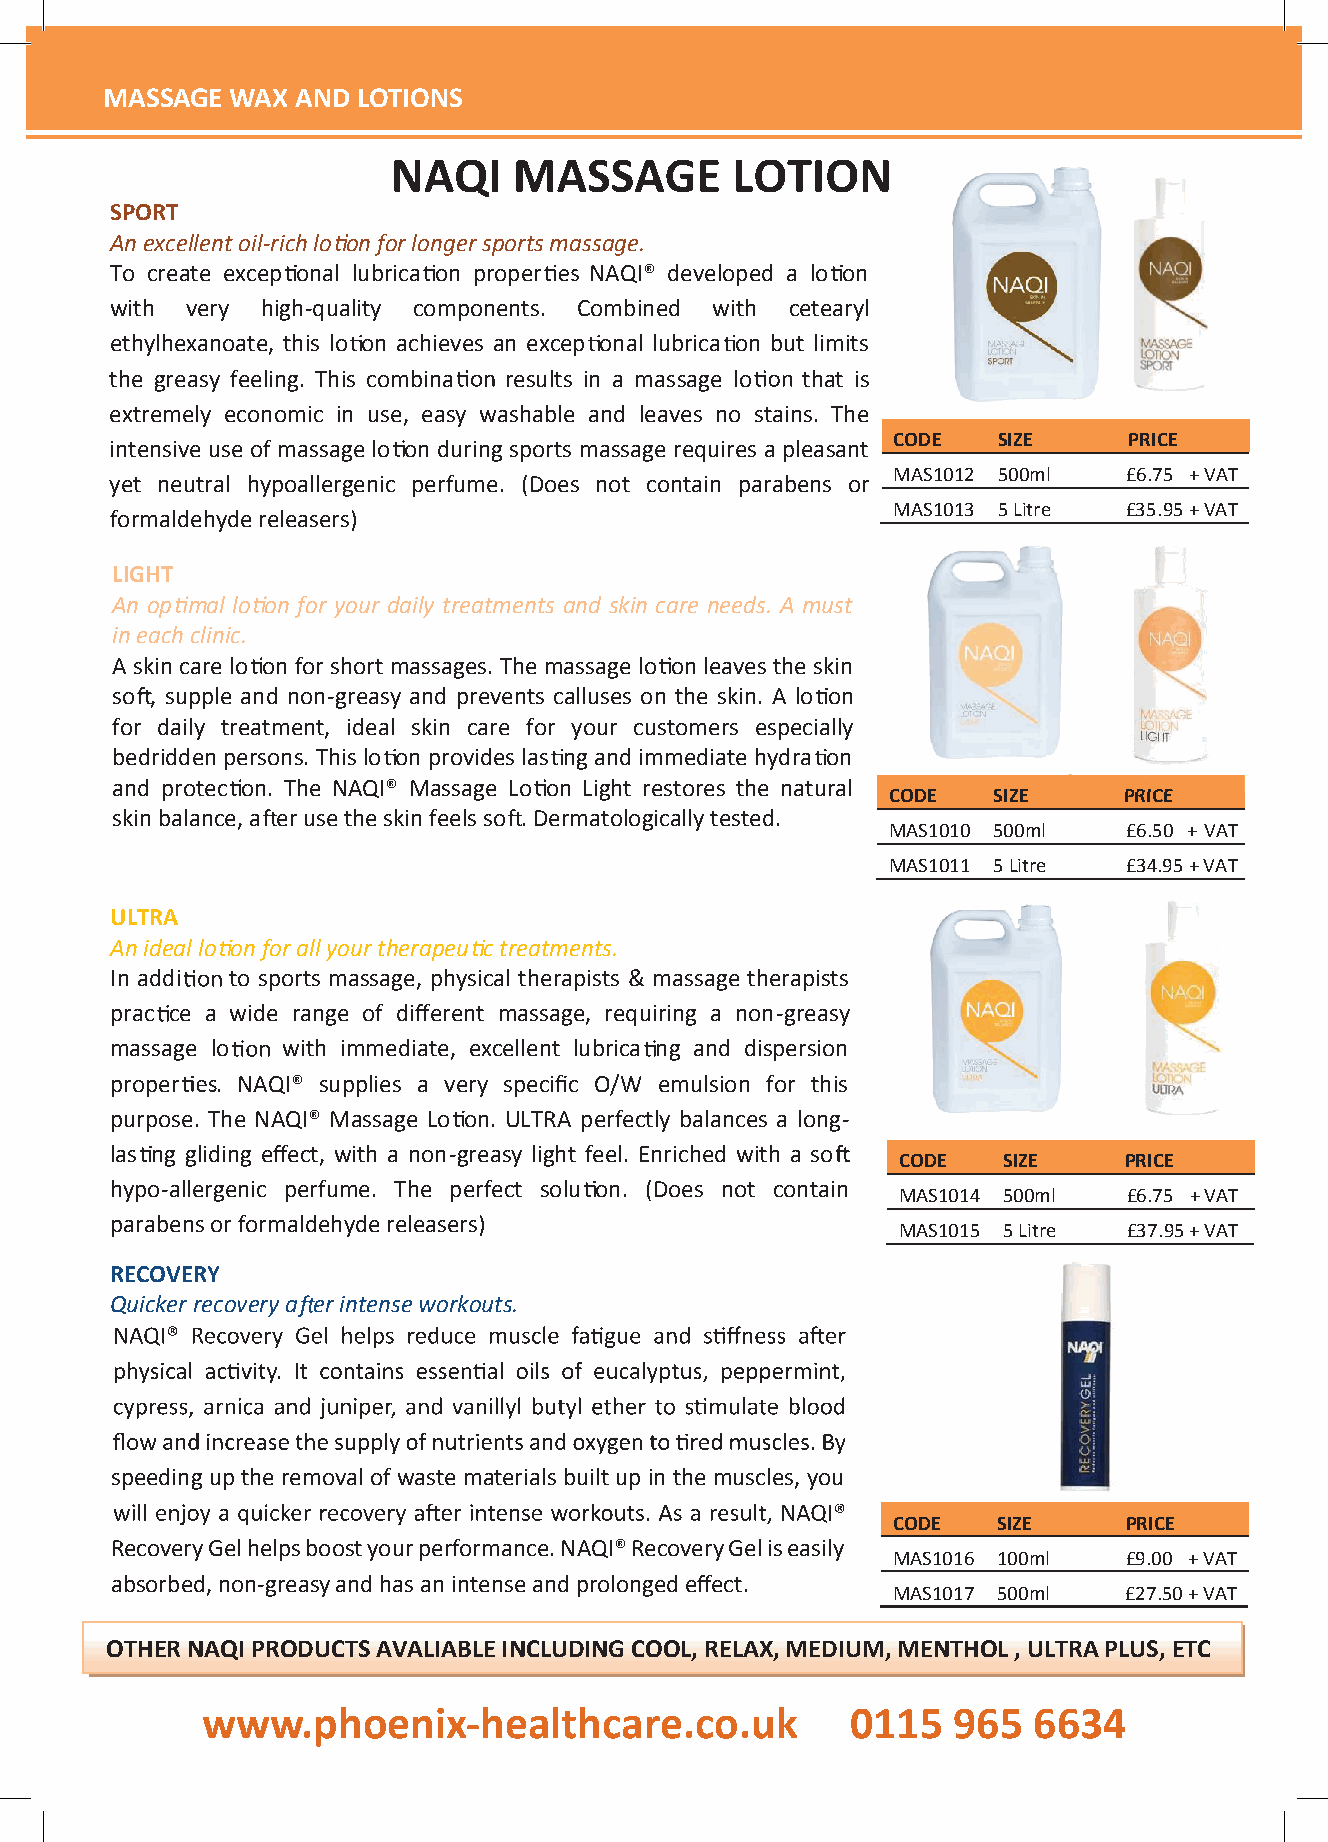
MMAASSSSAAGGEE WWAAXX AANNDD LLOOTTIIOONNSS
 MASSAGE WAX  AND LOTIONS
 NAQI    MASSAGE       LOTION
 SPORT
 Anexcellentoil-richlo onfor longersportsmassage.
 To create excep onal lubrica on proper NAQI® developed a lo on
 with very high-quality components. Combined with cetearyl
 ethylhexanoate, this lo on achieves an excep onal lubrica on but limits
 the greasy feeling. This combina results in a massage lo that is
 extremely economic in use, easy washable and leaves no stains. The
 CODE   SIZE     PRICE
 intensive use of massage lo on during sports massage requires a pleasant
 MAS1012 500ml   £6.75 +VAT
 yet neutral hypoallergenic perfume. (Does not contain parabens or
 MAS1013 5 Litre £35.95+ VAT
 formaldehydereleasers)
 LIGHT
 An op  al lo on for your daily treatments and skin care needs. A must
 ineach clinic.
 A skin care lo on for short massages. The massage lo on leavesthe skin
 so , supple and non-greasy and prevents calluses on the skin. A lo on
 for daily treatment, ideal skin care for your customers especially
 bedriddenpersons.Thislo on provideslas ngand immediatehydra on
 and protec on. The NAQI® Massage Lo on Light restores the natural
 CODE   SIZE    PPRRIICCEE
 skinbalance,a erusetheskinfeelsso .Dermatologically tested.
 MAS1010 500ml   £6.50 + VAT
 MAS1011 5 Litre £34.95+ VAT
 ULTRA
 Anideal lo onfor allyour therapeu ctreatments.
 In addi to sports massage, physical therapists & massage therapists
 prac ce a wide range of different massage, requiring a non-greasy
 massage lo  with immediate, excellent lubrica ng and dispersion
 proper . NAQI® supplies a very specific O/W emulsion for this
 purpose. The NAQI® Massage Lo on. ULTRA perfectly balances a long-
 las ng gliding effect, with a non-greasy light feel. Enriched with a so
 CODE   SIZE    PRICE
 hypo-allergenic perfume. The perfect solu on. (Does not contain
 MAS1014 500ml   £6.75 +VAT
 parabensorformaldehydereleasers)
 MAS1015 5 Litre £37.95+ VAT
 RECOVERY
 Quickerrecoverya erintenseworkouts.
 speedinguptheremovalofwastematerialsbuiltupinthemuscles,you
 CODE   SIZE     PRICE
 RecoveryGelhelpsboostyourperformance.NAQI®RecoveryGeliseasily
 MAS1016 100ml  £9.00 +VAT
 absorbed, non-greasy and has an intense and prolonged effect.
 MAS1017 500ml  £27.50+ VAT
 OTHERNAQIPRODUCTS AVALIABLEINCLUDINGCOOL,RELAX,MEDIUM,MENTHOL,ULTRAPLUS,ETC
 wwwwww..pphhooeenniixx--hheeaalltthhccaarree..ccoo..uukk 00111155 996655 66663344